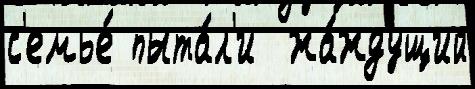
с'емье́ пыта́л'и  жа́ждущий